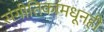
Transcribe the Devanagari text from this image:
संगीतिकांमधूनही